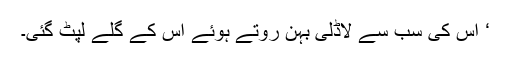
‘ اس کی سب سے لاڈلی بہن روتے ہوئے اس کے گلے لپٹ گئی۔